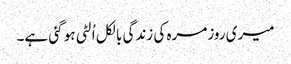
میری روزمرہ کی زندگی بالکل اُلٹی ہو گئی ہے۔